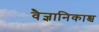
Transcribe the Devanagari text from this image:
वैज्ञानिकाश्च